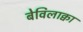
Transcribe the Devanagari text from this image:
बेविलाक्वा